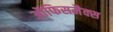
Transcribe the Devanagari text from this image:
ऑफिसमैक्स